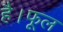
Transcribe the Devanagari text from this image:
है।फूल